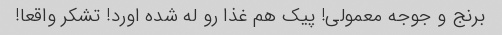
برنج و جوجه معمولی! پیک هم غذا رو له شده اورد! تشکر واقعا!